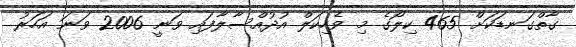
ގާތްގަނޑަކަށް 465 ކިލޯގެ މި ވެހިކަލް އުދުއްސާލާފައި ވަނީ 2006 ވަނަ އަހަރު